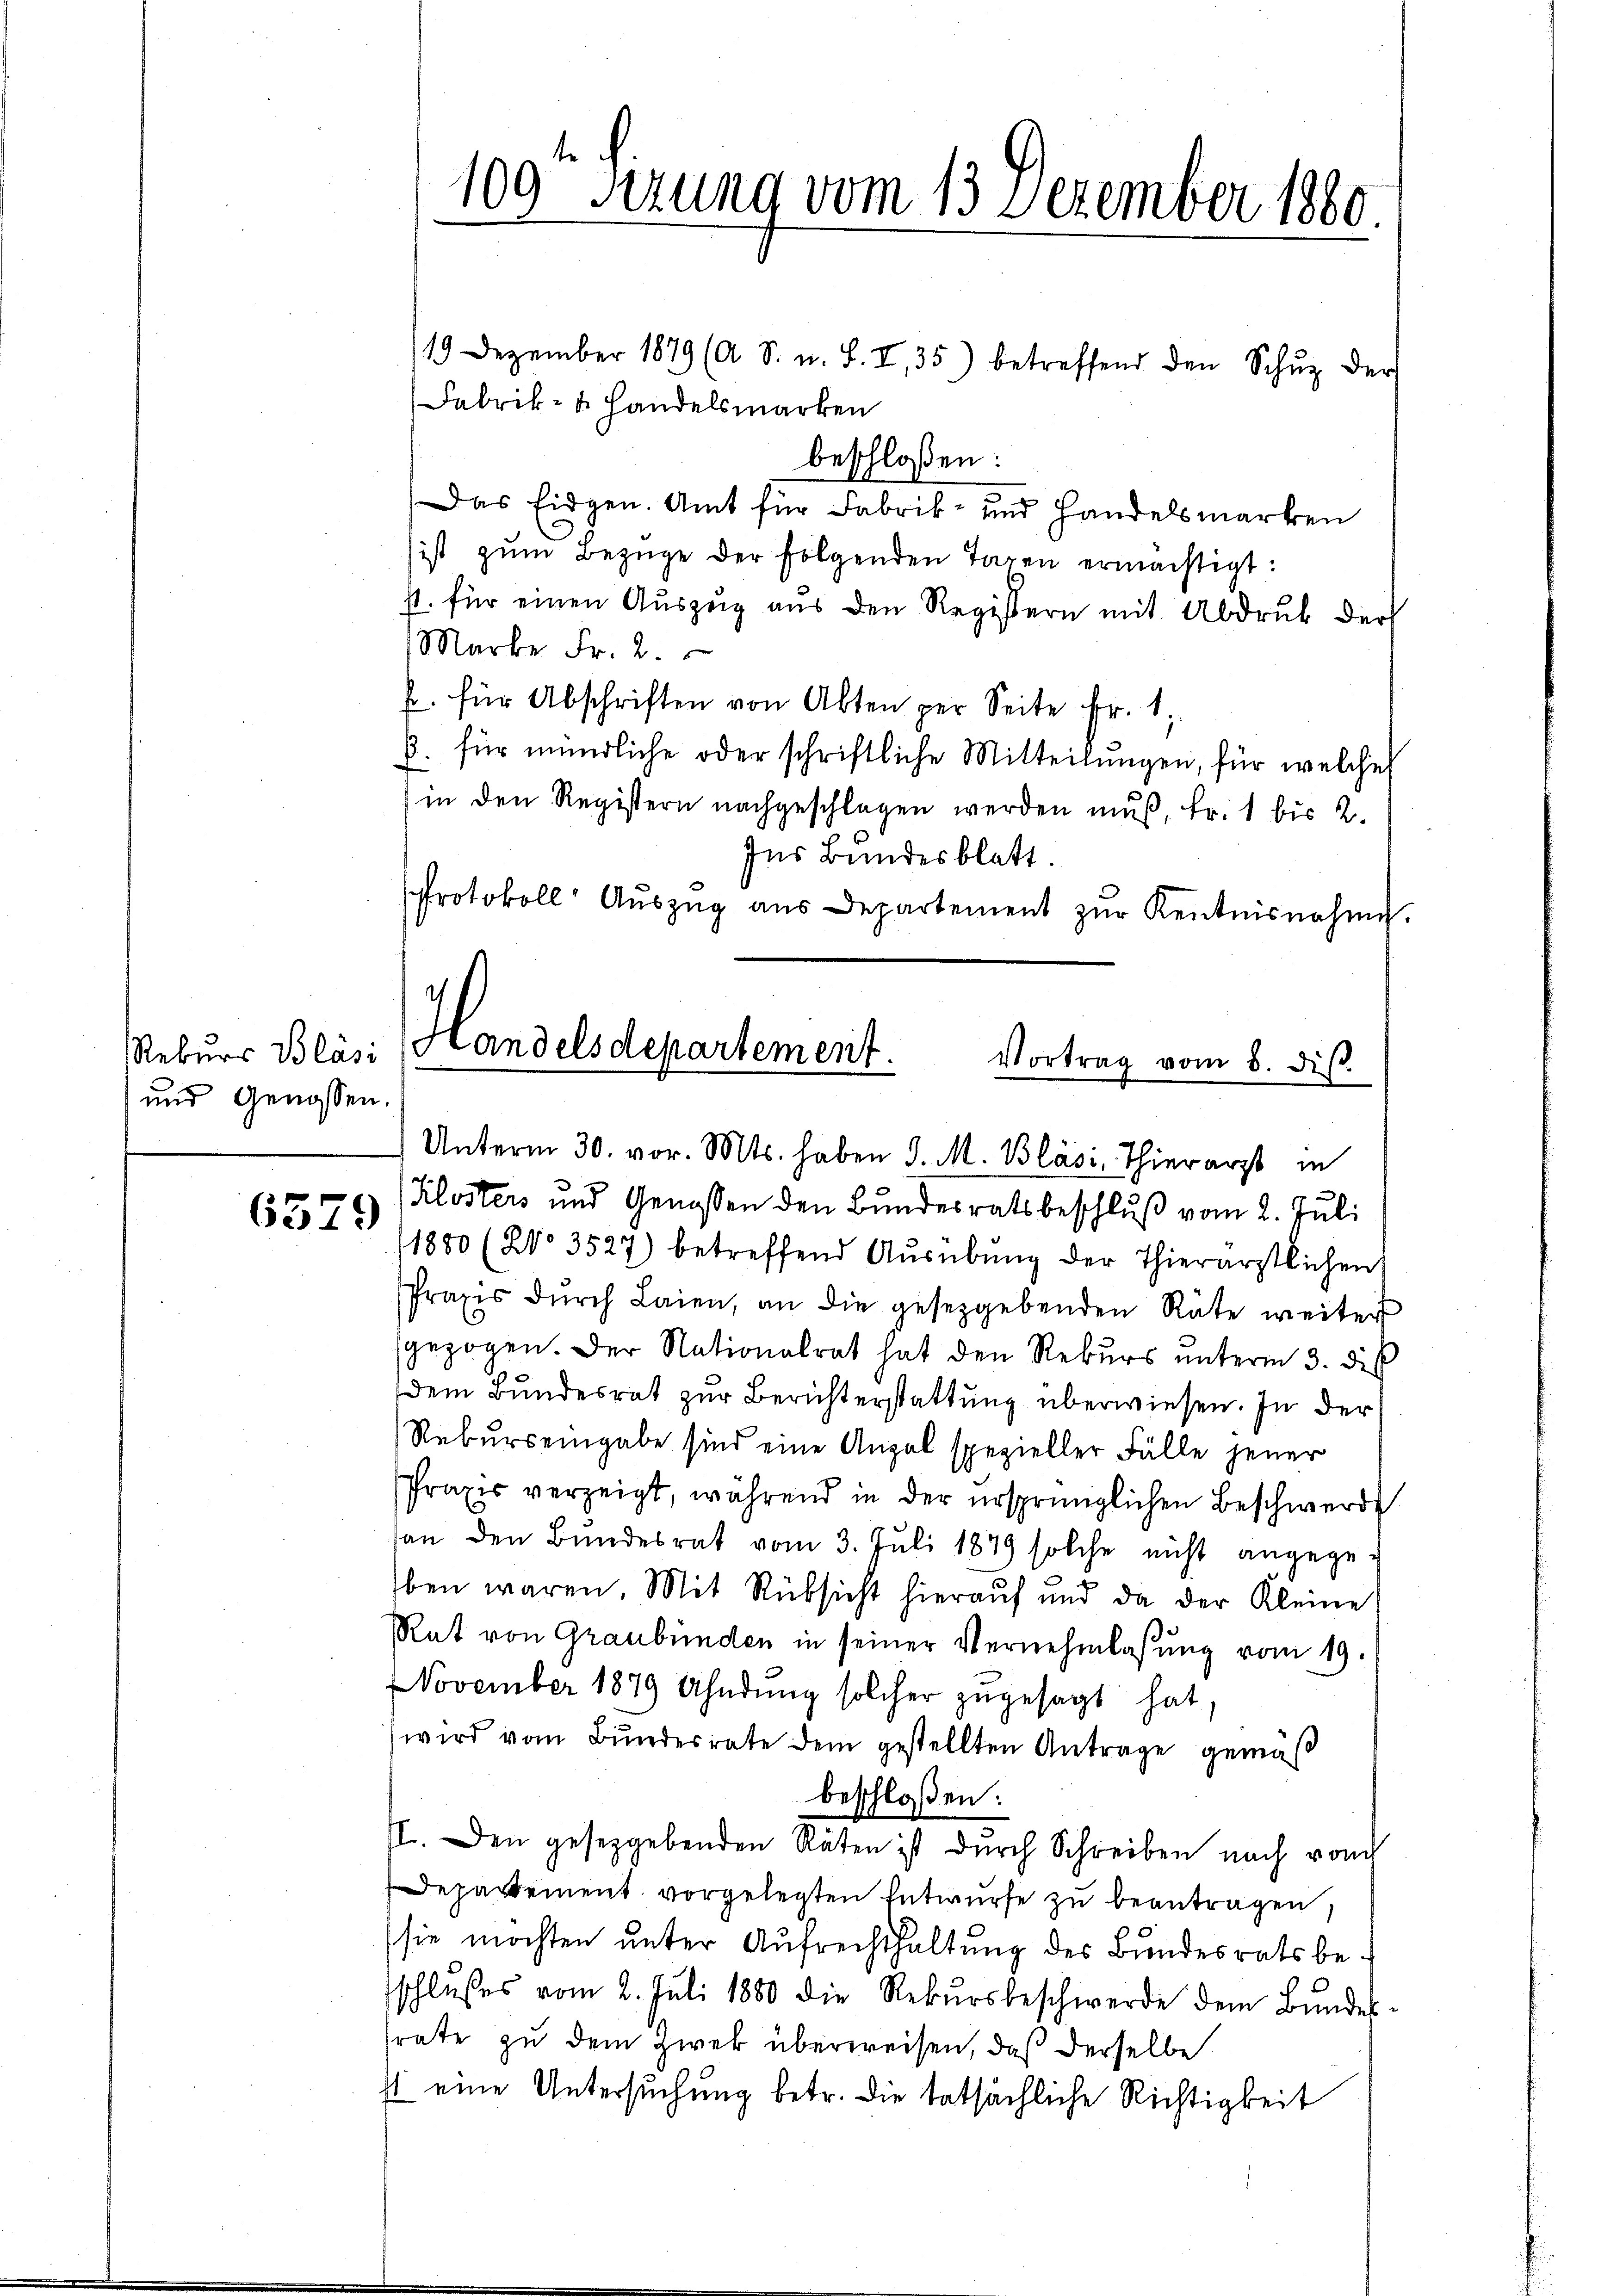
Rekurs Blas
und Genossen.

6379

109te Sizung vom 13. Dezember 1880.

19 Dezember 1879 (A S. u. S. II., 35) betreffend den Schŭz der
Fabrik- u. Handelsmarken
beschloßen:
Das Eidgen. Amt für Fabrik- und Handelsmarken
ist zŭm Bezüge der folgenden Tagen ermächtigt:
1t. für einen Auszug aus den Registern mit Abdruk der
Marke Fr. 2.
f. für Abschriften von Abten per Seite Fr. 1
b. für mündliche oder schriftliche Mitteilŭngen, für welches
(in den Registern nachgeschlagen werden muß, Fr. 1 bis 2.
Ins Bundesblatt.
Protokoll Aŭszŭg aŭs Departement zŭr Kentnisnahme.

Handelsdepartement.
Vortrag vom 8. diβ.
Unterm 30. vor. Mts. haben d. M. Bläsi Thierarzt in

Klosters und Genossen den Bundesratsbeschluß vom 2. Juli
1880 (2o 3527) betreffend Aŭsübŭng der Thierärztlichen
Praxis durch Laien, an die gesetzgebenden Räte weiter
gezogen. Der Nationalrat hat den Rekŭrs ŭnterm 3. di
dem Bundesrat zur Berichterstattung überwiesen. In der
Rekurs eingabe sind eine Angel spezieller Fälle jener
Praxis verzeigt, während in der ursprünglichen Beschwerde
an den Bundesrat vom 3. Juli 1879 solche nicht angege-
ben waren. Mit Rüksicht hierauf und da der Kleine
Rat von Graubünden in seiner Vernehmlassung vom 19.
NNovember 1879 Ahndŭng solcher zŭgesagt hat,
wird vom Bundesrate dem gestellten Antrage gemäß
beschloßen:
II. Den gesetzgebenden Räten ist dŭrch Schreiben nach von
Departement vorgelegten Entwurfe zu beantragen,
sie möchten unter Aufrechthaltung des Bundesrats beschlußes vom 2. Juli 1880 die Rekŭrsbeschwerde dem Bŭndes-
srate zu dem zwek überweisen, daß derselbe
st eine Untersuchung betr. die tatsächliche Richtigkeit